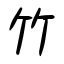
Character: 竹